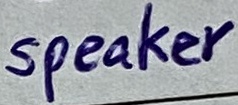
Text: speaker